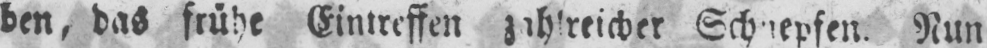
Schnepfen. Nun